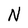
Character: N